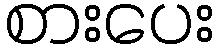
စားပေး